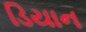
ડિયાન